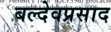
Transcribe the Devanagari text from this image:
बल्देवप्रसाद